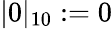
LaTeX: |0|_{10}:=0